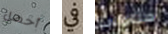
أحصل في ستتولى